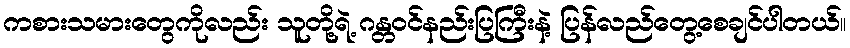
ကစားသမားတွေကိုလည်း သူတို့ရဲ့ ဂန္တဝင်နည်းပြကြီးနဲ့ ပြန်လည်တွေ့စေချင်ပါတယ်။